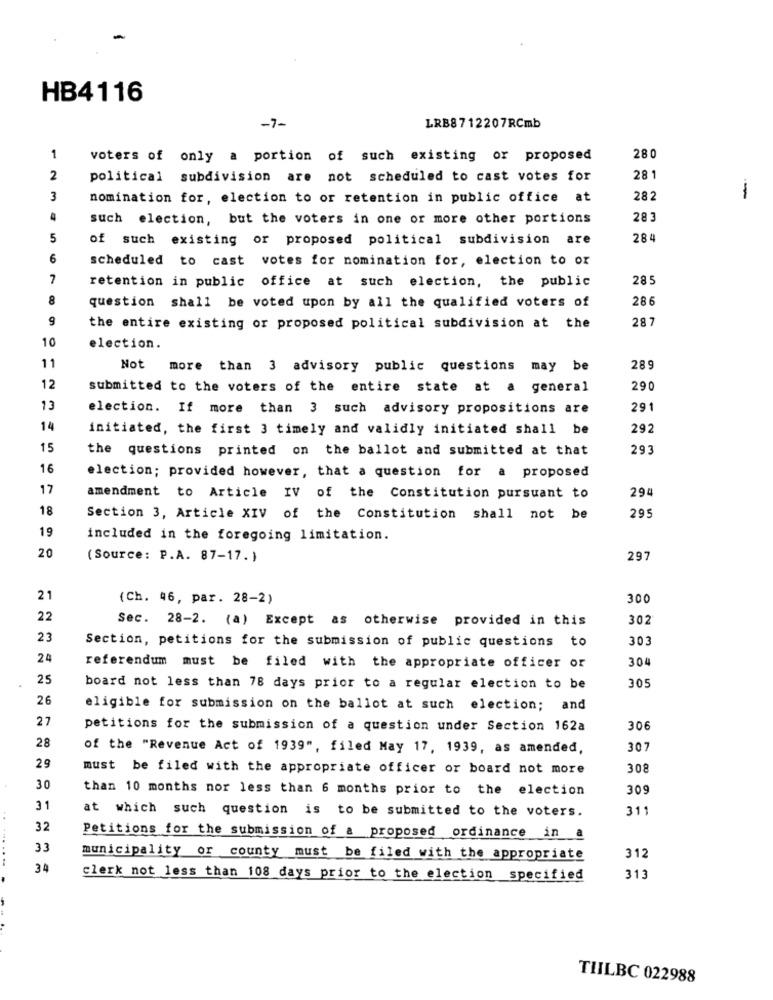
HB4116
-7-
LRB8712207RCmb
1
voters of only a portion of such existing or proposed
280
2
political subdivision are not scheduled to cast votes for
28 1
3
nomination for, election to or retention in public office at
282
--
4
such election, but the voters in one or more other portions
28:
5
of such existing or proposed political subdivision are
284
6
scheduled to cast votes for nomination for, election to or
7
retention in public office at such election, the public
285
8
question shall be voted upon by all the qualified voters of
286
9
287
the entire existing or proposed political subdivision at the
10
election.
11
Not more than 3 advisory public questions may be
289
12
submitted to the voters of the entire state at a general
290
13
election. If more than 3 such advisory propositions are
291
14
initiated, the first 3 timely and validly initiated shall be
292
15
the questions printed on the ballot and submitted at that
293
16
election; provided however, that a question for a proposed
17
294
amendment to Article IV of the Constitution pursuant to
18
295
Section 3, Article XIV of the Constitution shall not be
19
included in the foregoing limitation.
20
(Source: P.A. 87-17.)
297
21
(Ch. 46, par. 28-2)
300
22
Sec. 28-2. (a) Except as otherwise provided in this
302
23
Section, petitions for the submission of public questions to
303
24
304
referendum must be filed with the appropriate officer or
25
board not less than 78 days prior to a regular election to be
305
26
eligible for submission on the ballot at such election; and
27
petitions for the submission of a question under Section 162a
306
28
of the "Revenue Act of 1939", filed May 17, 1939, as amended,
307
29
must be filed with the appropriate officer or board not more
308
30
than 10 months nor less than 6 months prior to the election
309
31
at which such question is to be submitted to the voters.
311
32
33
municipality or county must be filed with the appropriate
312
34
clerk not less than 108 days prior to the election specified
313
TILBC 022988